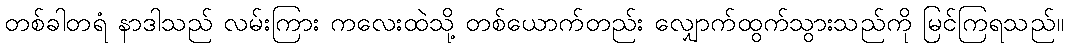
တစ်ခါတရံ နာဒါသည် လမ်းကြား ကလေးထဲသို့ တစ်ယောက်တည်း လျှောက်ထွက်သွားသည်ကို မြင်ကြရသည်။